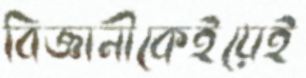
বিজ্ঞানীকেইয়েই